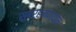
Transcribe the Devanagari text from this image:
सुब्रह्मण्याम